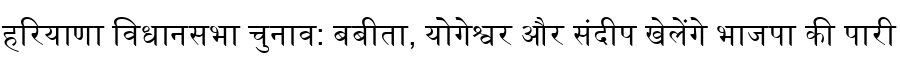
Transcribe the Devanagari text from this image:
हरियाणा विधानसभा चुनाव: बबीता, योगेश्वर और संदीप खेलेंगे भाजपा की पारी